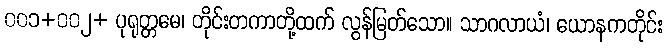
၀၀၁+၀၀၂+ ပုရုတ္တမေ၊ တိုင်းတကာတို့ထက် လွန်မြတ်သော။ သာဂလာယံ၊ ယောနကတိုင်း